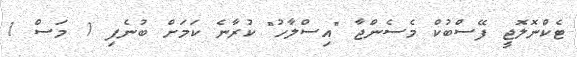
ޓެކްނޮލޮޖީ ފޭސްބުކް މެސެންޖާ "އިސްލާހު" ކުރާނެ ކަމަށް ބުނެފި 1 މަސް 1